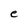
Character: e